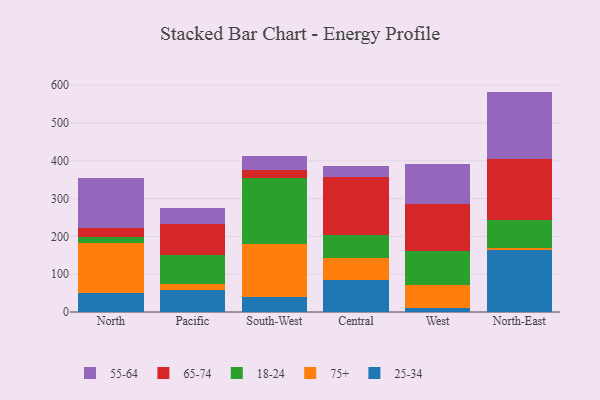
{"axis": {"x": "Region", "y": "Gross Profit (USD K)"}, "legend": ["18-24", "25-34", "55-64", "65-74", "75+"], "data": [{"x": "North", "y": 49.6, "type": "25-34"}, {"x": "North", "y": 131.7, "type": "75+"}, {"x": "North", "y": 16.4, "type": "18-24"}, {"x": "North", "y": 23.7, "type": "65-74"}, {"x": "North", "y": 132.2, "type": "55-64"}, {"x": "Pacific", "y": 59.4, "type": "25-34"}, {"x": "Pacific", "y": 15.2, "type": "75+"}, {"x": "Pacific", "y": 77.4, "type": "18-24"}, {"x": "Pacific", "y": 80.0, "type": "65-74"}, {"x": "Pacific", "y": 43.0, "type": "55-64"}, {"x": "South-West", "y": 38.8, "type": "25-34"}, {"x": "South-West", "y": 140.2, "type": "75+"}, {"x": "South-West", "y": 176.2, "type": "18-24"}, {"x": "South-West", "y": 20.2, "type": "65-74"}, {"x": "South-West", "y": 36.3, "type": "55-64"}, {"x": "Central", "y": 85.0, "type": "25-34"}, {"x": "Central", "y": 59.1, "type": "75+"}, {"x": "Central", "y": 60.0, "type": "18-24"}, {"x": "Central", "y": 154.1, "type": "65-74"}, {"x": "Central", "y": 29.2, "type": "55-64"}, {"x": "West", "y": 11.4, "type": "25-34"}, {"x": "West", "y": 59.1, "type": "75+"}, {"x": "West", "y": 89.9, "type": "18-24"}, {"x": "West", "y": 126.6, "type": "65-74"}, {"x": "West", "y": 103.5, "type": "55-64"}, {"x": "North-East", "y": 163.8, "type": "25-34"}, {"x": "North-East", "y": 5.8, "type": "75+"}, {"x": "North-East", "y": 74.5, "type": "18-24"}, {"x": "North-East", "y": 161.2, "type": "65-74"}, {"x": "North-East", "y": 177.8, "type": "55-64"}]}